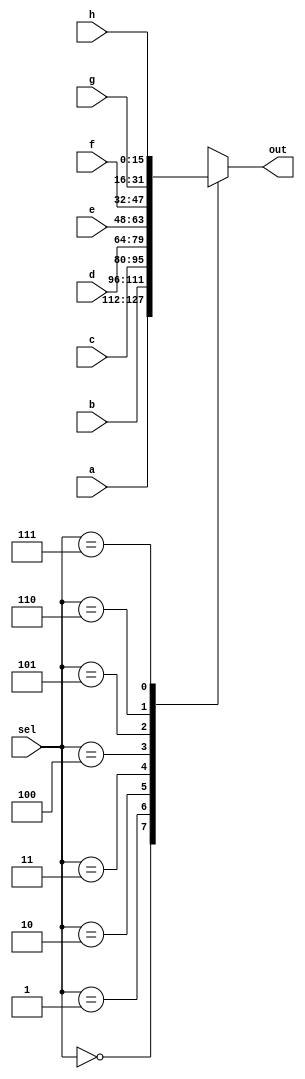
module mux8way16(a, b, c, d, e ,f, g, h, sel, out);
	input [15:0] a, b, c, d, e, f, g, h;
	input [2:0] sel;
	output reg [15:0] out;
always @(sel)
  begin
        case (sel)
        3'b000 : out = a;
        3'b001 : out = b;
	   3'b010 : out = c;
	   3'b011 : out = d;
	   3'b100 : out = e;
	   3'b101 : out = f;
	   3'b110 : out = g;
	   3'b111 : out = h;
	   default out = 3'b000;
        endcase
  end
endmodule